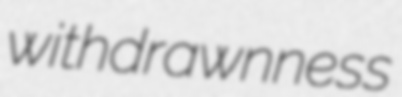
withdrawnness